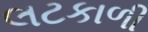
લટકાળી